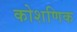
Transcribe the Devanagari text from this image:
कोशणिक